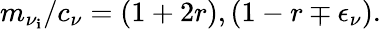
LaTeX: m_{\nu_{\mathbf{i}}}/c_{\nu}=(1+2r),(1-r\mp\epsilon_{\nu}).